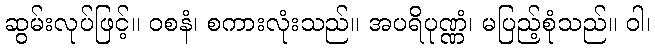
ဆွမ်းလုပ်ဖြင့်။ ဝစနံ၊ စကားလုံးသည်။ အပရိပုဏ္ဏံ၊ မပြည့်စုံသည်။ ဝါ၊